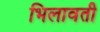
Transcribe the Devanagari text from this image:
भिलावती